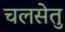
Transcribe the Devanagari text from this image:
चलसेतु